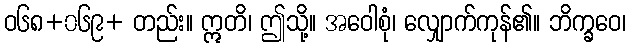
ဝ၆၈+၀၆၉+ တည်း။ ဣတိ၊ ဤသို့။ အဝေါစုံ၊ လျှောက်ကုန်၏။ ဘိက္ခဝေ၊